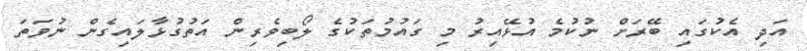
އަދި އެކުގައި ބޭރަށް ނުކުމެ އުޅޭއިރު މި ގައުމުތަކުގެ ލޯބިވެރިން އަތުގުޅާލައިގެން ނުވަތަ